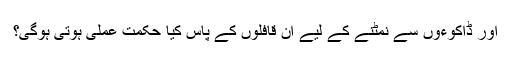
اور ڈاکوءوں سے نمٹنے کے لیے ان قافلوں کے پاس کیا حکمت عملی ہوتی ہوگی؟